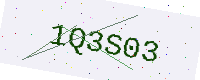
Text: 1Q3S03